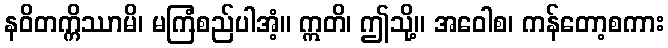
နဝိတက္ကိဿာမိ၊ မကြံစည်ပါအံ့။ ဣတိ၊ ဤသို့။ အဝေါစ၊ ကန်တော့စကား